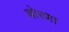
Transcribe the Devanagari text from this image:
बोरणा